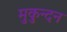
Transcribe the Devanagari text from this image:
मुकुन्दन